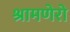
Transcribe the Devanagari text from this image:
श्रामणेरो